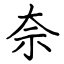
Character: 奈